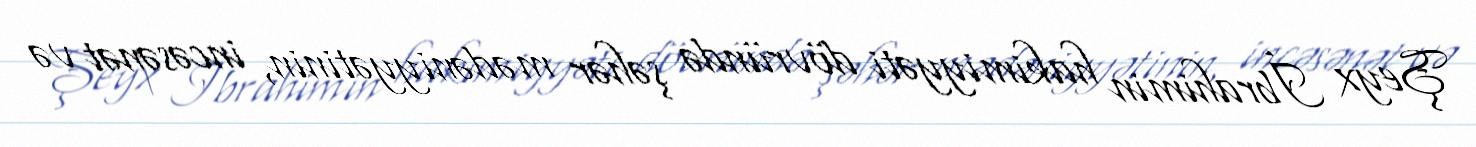
Şeyx İbrahimin hakimiyyəti dövründə şəhər mədəniyyətinin, incəsənət və